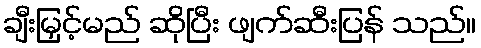
ချီးမြှင့်မည် ဆိုပြီး ဖျက်ဆီးပြန် သည်။